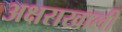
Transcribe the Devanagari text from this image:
अक्षराखाली